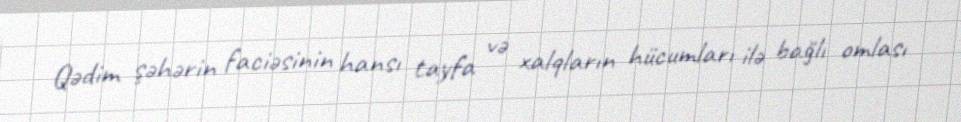
Qədim şəhərin faciəsinin hansı tayfa və xalqların hücumları ilə bağlı omlası